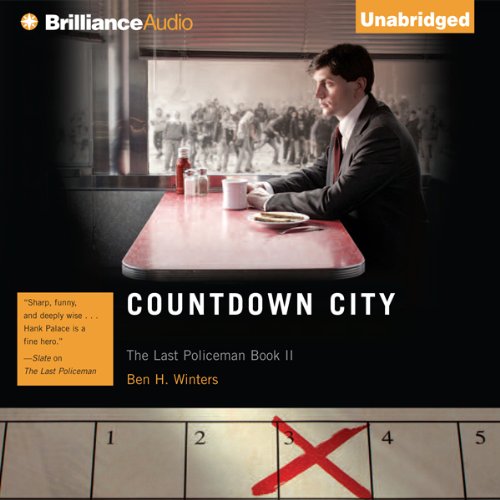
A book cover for Countdown City: The Last Policeman, Book 2; Ben H. Winters; Literature & Fiction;